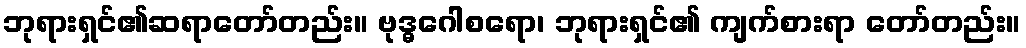
ဘုရားရှင်၏ဆရာတော်တည်း။ ဗုဒ္ဓဂေါစရော၊ ဘုရားရှင်၏ ကျက်စားရာ တော်တည်း။